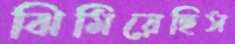
ঝিমিয়েছিস